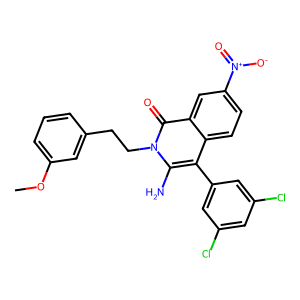
SMILES: COc1cccc(CCn2c(N)c(-c3cc(Cl)cc(Cl)c3)c3ccc([N+](=O)[O-])cc3c2=O)c1
Inhibits HIV replication: No